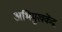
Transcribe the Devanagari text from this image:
अभिमुखकेंद्र